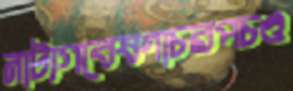
নাট্যগবেষণাচরপচণ্ড